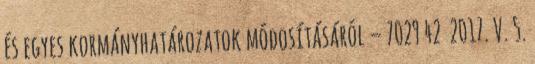
és egyes kormányhatározatok módosításáról – 7029 42 2017. V. 5.